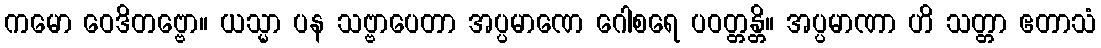
ကမော ဝေဒိတဗ္ဗော။ ယသ္မာ ပန သဗ္ဗာပေတာ အပ္ပမာဏေ ဂေါစရေ ပဝတ္တန္တိ။ အပ္ပမာဏာ ဟိ သတ္တာ ဧတာသံ